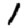
Digit: 1